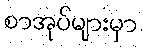
စာအုပ်များမှာ